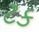
ટક